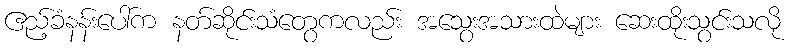
ဧည့်ခံနန်းပေါ်က နတ်ဆိုင်းသံတွေကလည်း အသွေးအသားထဲများ ဆေးထိုးသွင်းသလို